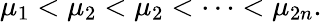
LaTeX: \mu_{1}<\mu_{2}<\mu_{2}<\cdots<\mu_{2n}.